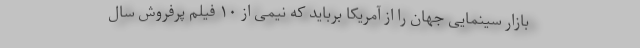
بازار سینمایی جهان را از آمریکا برباید که نیمی از ۱۰ فیلم پرفروش سال